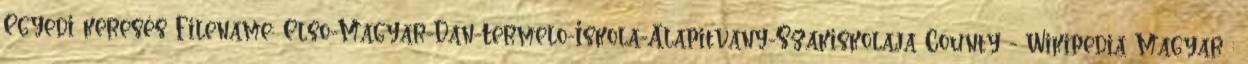
Egyedi keresés Filename: Elso-Magyar-Dan-Termelo-Iskola-Alapitvany-Szakiskolaja County - Wikipedia Magyar :